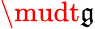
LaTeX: \mudt\mathfrak{g}